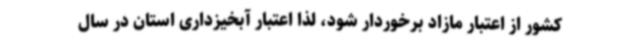
کشور از اعتبار مازاد برخوردار شود، لذا اعتبار آبخیزداری استان در سال